Annual report of lunatic asylums [Bombay] - 1912-1922
Year: 1912
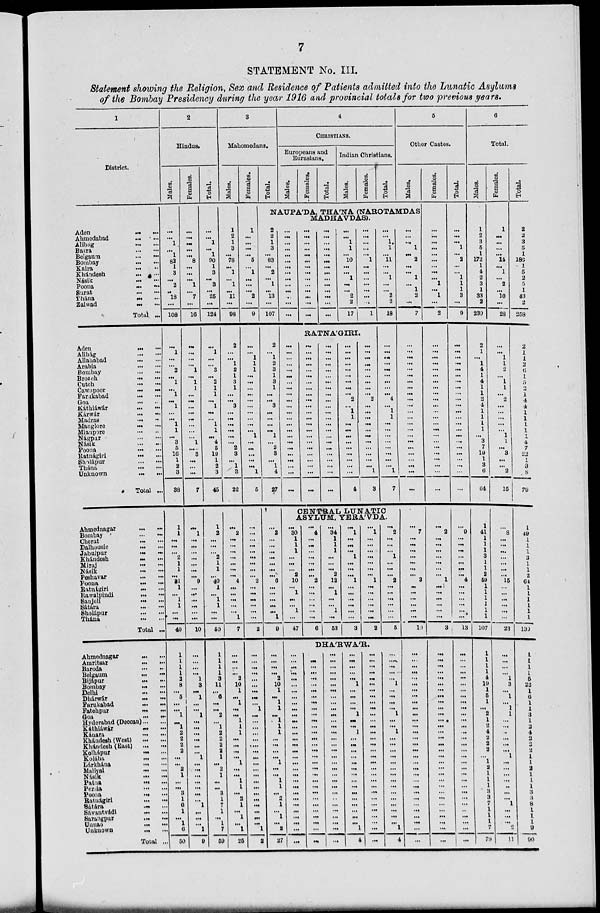
7
STATEMENT No. III.
Statement showing the Religion, Sex and Residence of Patients admitted into the Lunatic Asylums
of the Bombay Presidency during the year 1916 and provincial totals for two previous years.
1
District.
Aden
...
...
Ahmedabad
...
...
Alibag
...
...
Basra
...
...
Belgaum
...
...
Bombay
...
...
Kaira
...
...
Khándesh
...
...
Násik
...
...
Poona
...
...
Surat
...
...
Thána
...
...
Zalwad
...
...
Total ...
Aden
...
...
Alibág
...
...
Allahabad
...
...
Arabia ... ...
Bombay ... ...
Broach
...
...
Cutch
...
...
Cawnpoor
...
...
Farukabad
...
...
Goa
...
...
Káthiáwár
...
...
Kárwár
...
...
Madras ... ...
Manglore
...
...
Mianpore
...
...
Nágpur
...
...
Násik
...
...
Poona
...
...
Ratnágiri
...
...
Sholápur
...
...
Thána
...
...
Unknown
...
...
Total ...
Ahmednagar
...
...
Bombay
...
...
Cherat
...
...
Dalhousie
...
...
Jabulpur
...
...
Khándesh
...
...
Miraj
...
...
Násik
...
...
Peshavar
......
Poona
...
...
Ratnágiri
...
...
Rawalpindi ... ...
Sanjeli
...
...
Sátára
...
...
Sholápur
...
...
Thána ... ...
Total ...
Ahmednagar
...
...
Amritsar
...
...
Baroda ... ...
Belgaum
...
...
Bijápur
...
...
Bombay
...
...
Delhi
...
...
Dhárwár
...
...
Farukabad
...
...
Fatehpur
...
...
Goa
...
...
Hyderabad (Deccan) ... ...
Káthiáwár
...
...
Kánara
...
...
Khándesh (West)
...
...
Khándesh (East)
...
...
Kolhápur
...
...
Kolába ... ...
Lárkhána
...
...
Maliyal
...
...
Násik
...
...
Patna
...
...
Persia
...
...
Poona
...
...
Ratnágiri
...
...
Sátára
...
...
Sávantvádi ... ...
Sarangpur
...
...
Unuao
...
...
Unknown
...
...
Total ...
2
Hindus.
Males.
...
...
1
...
1
82
1
3
...
2
...
18
...
108
...
1
...
...
2
...
1
...
1
...
1
...
...
1
1
...
3
5
16
1
2
3
38
1
1
...
...
...
2
1
1
...
31
1
...
1
1
...
...
40
1
1
1
1
2
8
...
5
...
...
1
...
1
2
2
2
2
...
...
2
1
...
...
3
1
6
1
...
1
6
50
Females.
...
...
...
...
...
8
...
...
...
1
...
7
...
16
...
...
...
...
1
...
1
1
...
...
...
...
...
...
...
...
1
...
3
...
...
...
7
...
1
...
...
...
...
...
...
...
9
...
...
...
...
...
...
10
...
...
...
... 1
3
...
1
...
...
1
...
...
...
...
...
...
1
...
...
...
...
...
...
...
1
...
...
...
1
9
Total.
...
...
1
...
1
90
1
3
...
3
...
25
...
124
...
1
...
...
3
...
2
1
1
...
1
...
...
1
1
...
4
5
19
1
2
3
45
1
2
...
...
...
2
1
1
...
40
1
...
1
1
...
...
50
1
1
1
1
3
11
...
6
...
...
2
...
1
2
2
2
2
1
...
2
1
...
...
3
1
7
1
...
1
7
59
3
Mahomedans.
Males.
1
2
1
3
...
78
...
1
...
1
...
11
...
98
2
...
...
1
2
1
3
1
...
...
3
...
...
...
...
...
...
2
3
...
1 3
22
...
2
...
...
...
...
...
...
...
4
...
...
...
...
...
1
7
...
...
...
... 2
10
1
...
1
...
...
1
1
1
...
...
...
...
1
...
...
1
1
...
2
1
...
1
...
1
25
Females.
1
...
...
...
...
5
...
1
...
...
...
2
...
9
...
...
1
1
1
...
...
...
...
...
...
...
...
...
...
1
...
...
...
...
...
1
5
...
...
...
...
...
...
...
...
...
2
...
...
...
...
...
...
2
...
...
...
...
...
...
...
...
...
1
...
...
...
...
...
...
...
...
...
...
...
...
...
...
...
...
...
...
...
1
2
Total.
4
CHRISTIANS.
Europeans and
Eurasians.
Males.
Females.
Total.
Indian Christians.
Males.
Females.
Total.
5
Other Castes.
Males.
NAUPA'DA, THA'NA (NAROTAMDAS
MADHAVDAS).
2
2
1
3
...
83
...
2
...
1
...
13
...
107
2
...
1
2
3
1
3
1
...
...
3
...
...
...
...
1
...
2
3
...
1
4
27
...
2
...
...
...
...
...
...
...
6
...
...
...
...
...
1
9
...
...
...
... 2
10
1
...
1
1
...
1
1
1
...
...
...
...
1
...
...
1
1
...
2 1
...
1
...
2
27
...
...
...
...
...
...
...
...
...
...
...
...
...
...
...
...
...
...
...
...
...
...
...
...
...
...
...
...
...
...
...
...
...
...
...
...
...
...
...
...
...
...
...
...
1
1
...
10
...
...
1
...
...
2
2
17
...
...
...
...
...
1
...
...
...
...
...
...
...
1
RATNA'GIRI.
...
...
...
...
...
...
...
...
...
...
...
...
...
...
...
...
...
...
...
...
...
...
...
...
...
...
...
...
...
...
...
...
...
...
...
...
...
...
...
...
...
...
...
...
...
...
...
...
...
...
...
...
...
...
...
...
...
...
...
...
...
...
...
...
...
...
...
...
...
...
...
...
...
...
...
...
...
...
2
...
1
1
...
...
...
...
...
...
...
...
...
4
...
...
...
...
...
...
...
...
...
2
...
...
...
...
...
...
...
...
...
...
...
1
3
...
...
1
1
...
11
...
...
1
...
...
2
2
18
...
...
...
...
...
...
...
...
...
4
...
1
1
...
...
...
...
...
...
...
...
1
7
CENTRAL LUNATIC
ASYLUM, YERA'VDA.
...
30
1
1
1
...
...
...
2
10
...
1
...
...
1
...
47
...
4
...
...
...
...
...
...
...
2
...
...
...
...
...
...
6
...
34
1
1
1
...
...
...
2
12
...
1
...
...
1
...
53
...
1
...
...
...
1
...
...
...
1
...
...
...
...
...
...
3
...
1
...
...
...
...
...
...
...
1
...
...
...
...
...
...
2
...
2
...
...
...
1
...
...
...
2
...
...
...
...
...
...
5
DHA'RWA'R.
...
...
...
...
...
...
...
...
...
...
...
...
...
...
...
...
...
...
...
...
...
...
...
...
...
...
...
...
...
...
...
...
...
...
...
...
...
...
...
...
...
...
...
...
...
...
...
...
...
...
...
...
...
...
...
...
...
...
...
...
...
...
...
...
...
...
...
...
...
...
...
...
...
...
...
...
...
...
...
...
...
...
...
...
...
...
...
...
...
...
...
...
...
...
...
...
...
...
1
...
...
...
...
1
...
...
1
...
...
...
...
...
...
...
...
...
...
...
...
...
...
...
1
4
...
...
...
...
...
...
...
...
...
...
...
...
...
...
...
...
...
...
...
...
...
...
...
...
...
...
...
...
...
...
...
...
...
...
...
...
1
...
...
...
...
1
...
...
1
...
...
...
...
...
...
...
...
...
...
...
...
...
...
...
1
4
...
...
...
1
...
2
...
...
1
...
1
2
...
7
...
...
...
...
...
...
...
...
...
...
...
...
...
...
...
...
...
...
...
...
...
...
...
...
7
...
...
...
...
...
...
...
3
...
...
...
...
...
...
10
...
...
...
...
...
...
...
...
...
...
...
...
...
...
...
...
...
...
...
...
...
...
...
...
...
...
...
...
...
...
...
Females.
...
...
...
...
...
...
...
...
...
1
...
1
...
2
...
...
...
...
...
...
...
...
...
...
...
...
...
...
...
...
...
...
...
...
...
...
...
...
2
...
...
...
...
...
...
...
1
...
...
...
...
...
...
3
...
...
...
...
...
...
...
...
...
...
...
...
...
...
...
...
...
...
...
...
...
...
...
...
...
...
...
...
...
...
...
Total.
...
...
...
1
...
2
...
...
1
1
1
3
...
9
...
...
...
...
...
...
...
...
...
...
...
...
...
...
...
...
...
...
...
...
...
...
...
...
9
...
...
...
...
...
...
...
4
...
...
...
...
...
...
13
...
...
...
...
...
...
...
...
...
...
...
...
...
...
...
...
...
...
...
...
...
...
...
...
...
...
...
...
...
...
...
6
Total.
Males.
1
2
3
5
1
172
1
4
2
3
1
33
2
230
2
1
...
1
4
1
4
1
1
2
4
1
1
1
1
...
3
7
19
1
3
6
64
1
41
1
1
1
3
1
1
2
49
1
1
1
1
1
1
107
1
1
1
1
4
19
1
5
1
...
2
1
2
4
2
2
2
...
1
2
1
1
1
3
3
7
1
1
1
7
79
Females.
1
...
...
...
...
14
...
1
...
2
...
10
...
28
...
...
1
1
2
...
1
1
...
2
...
...
...
...
...
1
1
...
3
...
...
2
15
...
8
...
...
...
...
...
...
...
15
...
...
...
...
...
...
23
...
...
...
...
1
3
...
1
...
1
1
...
...
...
...
...
...
1
...
...
...
...
...
...
...
1
...
...
...
2
11
Total.
2
2
3
5
1
186
1
5
2
5
1
43
2
258
2
1
1
2
6
1
5
2
1
4
4
1
1
1
1
1
4
7
22
1
3
8
79
1
49
1
1
1
3
1
1
2
64
1
1
1
1
1
1
139
1
1
1
1
5
22
1
6
1
1
3
1
2
4
2
2
2
1
1
2
1
1
1
3
3
8
1
1
1
9
90